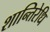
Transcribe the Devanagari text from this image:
शान्तिरेधि